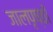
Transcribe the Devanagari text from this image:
जालपृष्ठों